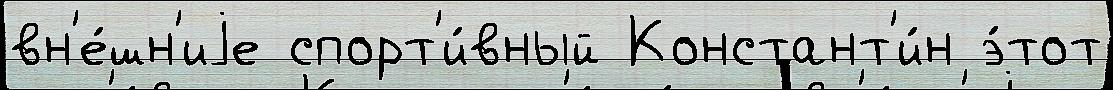
вн'е́шн'иjе спорт'и́вный Констант'и́н э́тот